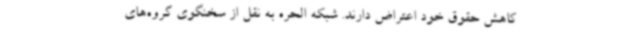
کاهش حقوق خود اعتراض دارند. شبکه الحره به نقل از سخنگوی گروه‌های